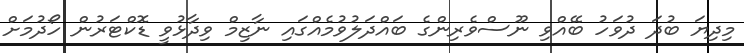
މިދިޔަ ބުދަ ދުވަހު ބޭއްވި ނޫސްވެރިންގެ ބައްދަލުވުމެއްގައި ނާޒިމް ވިދާޅުވީ ޑޮކްޓަރުން ހޯދުމަށް